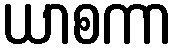
ယာစကာ